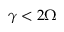
\gamma < 2 \Omega